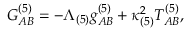
G _ { A B } ^ { ( 5 ) } = - \Lambda _ { ( 5 ) } g _ { A B } ^ { ( 5 ) } + \kappa _ { ( 5 ) } ^ { 2 } T _ { A B } ^ { ( 5 ) } ,